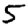
Digit: 5